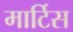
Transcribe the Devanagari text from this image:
मार्टिस